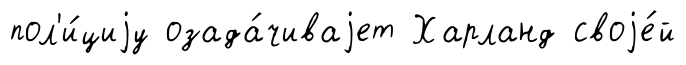
пол'и́циjу озада́чиваjет Харланд своjе́й